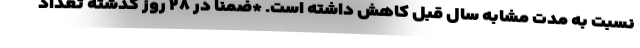
نسبت به مدت مشابه سال قبل کاهش داشته است. *ضمنا در ۲۸ روز گذشته تعداد